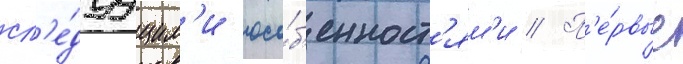
сл'е́дуущим'и осо́б'енност'ям'и // П'е́рвые